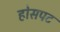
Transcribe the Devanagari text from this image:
होसपट